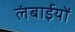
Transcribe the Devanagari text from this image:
लंबाईयों